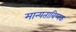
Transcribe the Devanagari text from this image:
मान्यताविष्यक